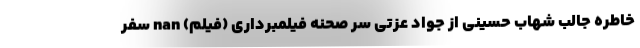
خاطره جالب شهاب حسینی از جواد عزتی سر صحنه فیلمبرداری (فیلم) nan سفر